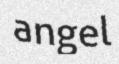
angel